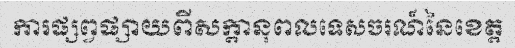
ការផ្សព្វផ្សាយពីសក្តានុពលទេសចរណ៍នៃខេត្ត